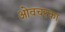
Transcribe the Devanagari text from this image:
ओवचरका